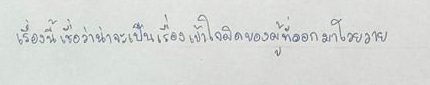
เรื่องนี้เชื่อว่าน่าจะเป็นเรื่องเข้าใจผิดของผู้ที่ออกมาโวยวาย